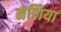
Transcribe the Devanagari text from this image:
नेणिया